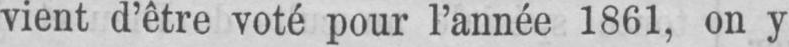
vient d’être voté pour l’année 1861, on y